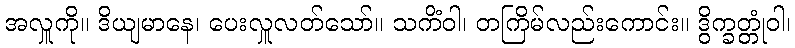
အလှူကို။ ဒိယျမာနေ၊ ပေးလှူလတ်သော်။ သကိံဝါ၊ တကြိမ်လည်းကောင်း။ ဒွိက္ခတ္တုံဝါ၊